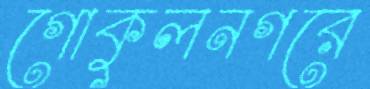
গোকুলনগরে